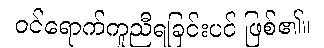
ဝင်ရောက်ကူညီရခြင်းပင် ဖြစ်၏။